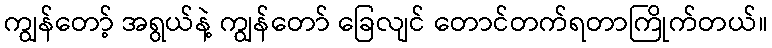
ကျွန်တော့် အရွယ်နဲ့ ကျွန်တော် ခြေလျင် တောင်တက်ရတာကြိုက်တယ်။